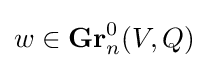
w\in \mathbf {Gr} _{n}^{0}(V,Q)